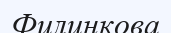
Филинкова